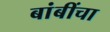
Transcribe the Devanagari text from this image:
बांबींचा